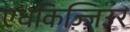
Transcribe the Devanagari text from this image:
एधकिज़्ज़िउर